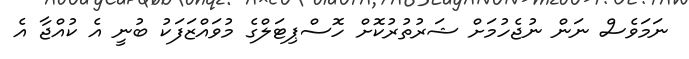
ނަމަވެސް ނަން ނުޖެހުމަށް ޝަރުތުރުކޮށް ހޮސްޕިޓަލްގެ މުވައްޒަފަކު ބުނީ އެ ކުއްޖާ އެ